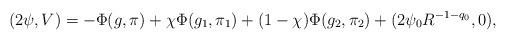
LaTeX: \begin{align*}(2\psi, V) = - \Phi( g,\pi)+ \chi \Phi(g_1, \pi_1) + (1-\chi) \Phi(g_2, \pi_2) + (2\psi_0R^{-1-q_0}, 0),\end{align*}